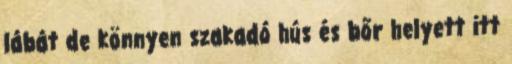
lábát de könnyen szakadó hús és bőr helyett itt